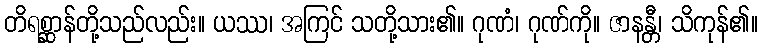
တိရစ္ဆာန်တို့သည်လည်း။ ယဿ၊ အကြင် သတို့သား၏။ ဂုဏံ၊ ဂုဏ်ကို။ ဇာနန္တီ၊ သိကုန်၏။